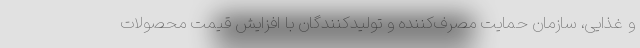
و غذایی، سازمان حمایت مصرف‌کننده و تولیدکنندگان با افزایش قیمت محصولات